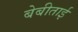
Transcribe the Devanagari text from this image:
बेबीताई